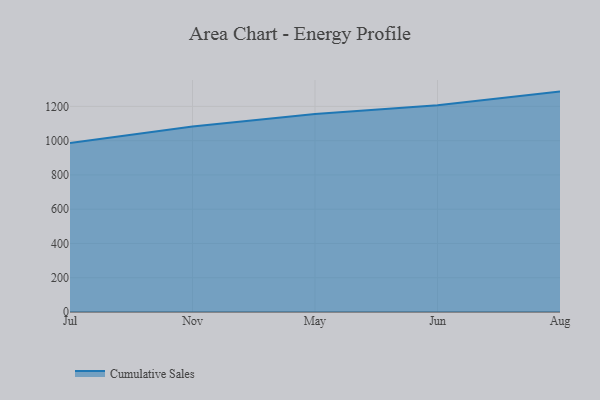
{"axis": {"x": "Month", "y": "Customer Acquisition Cost (USD)"}, "legend": ["Cumulative Sales"], "data": [{"x": "Jul", "y": 986.4, "type": "Cumulative Sales"}, {"x": "Nov", "y": 1082.6, "type": "Cumulative Sales"}, {"x": "May", "y": 1155.8, "type": "Cumulative Sales"}, {"x": "Jun", "y": 1206.9, "type": "Cumulative Sales"}, {"x": "Aug", "y": 1286.3, "type": "Cumulative Sales"}]}